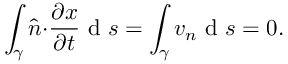
\int _ { \gamma } \boldsymbol { \hat { n } \cdot } \frac { \partial \boldsymbol { x } } { \partial t } \mathrm { ~ d ~ } s = \int _ { \gamma } v _ { n } \mathrm { ~ d ~ } s = 0 .